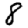
Digit: 8